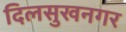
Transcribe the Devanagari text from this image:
दिलसुखनगर